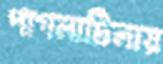
পাগলাটিলায়